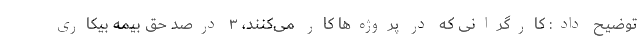
توضیح داد: کارگرانی که در پروژه‌ها کار می‌کنند، ۳ درصد حق بیمه بیکاری